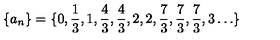
\{ a _ { n } \} = \{ 0 , \frac 1 3 , 1 , \frac 4 3 , \frac 4 3 , 2 , 2 , \frac 7 3 , \frac 7 3 , \frac 7 3 , 3 \ldots \}